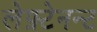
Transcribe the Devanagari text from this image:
लेफ़्टेनन्ट